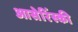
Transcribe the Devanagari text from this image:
आसेरिंस्की